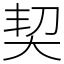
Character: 契